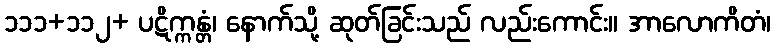
၁၁၁+၁၁၂+ ပဋိက္ကန္တံ၊ နောက်သို့ ဆုတ်ခြင်းသည် လည်းကောင်း။ အာလောကိတံ၊